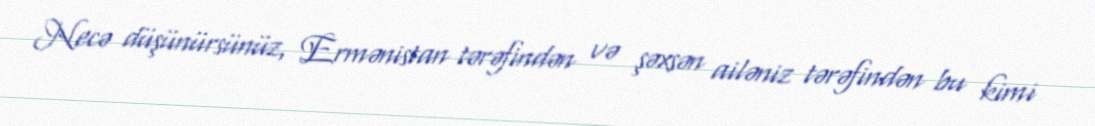
Necə düşünürsünüz, Ermənistan tərəfindən və şəxsən ailəniz tərəfindən bu kimi